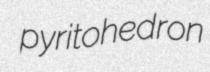
pyritohedron